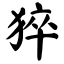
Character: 猝